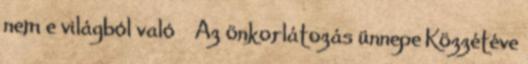
nem e világból való → Az önkorlátozás ünnepe Közzétéve